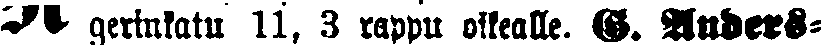
# gerinlatu 11. 3 rappu oikealle. G. Anders-